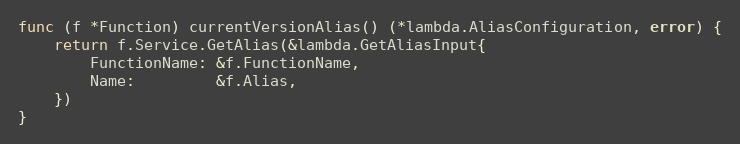
Language: Go
func (f *Function) currentVersionAlias() (*lambda.AliasConfiguration, error) {
	return f.Service.GetAlias(&lambda.GetAliasInput{
		FunctionName: &f.FunctionName,
		Name:         &f.Alias,
	})
}